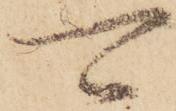
可